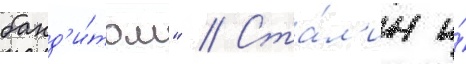
банд'и́том" // Ста́л'ин и́